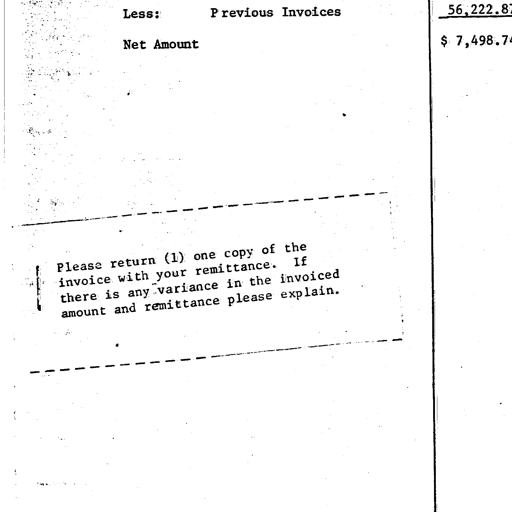
Less: Previous Invoices 56,222.87
Net Amount $ 7,498.74
Please return (1) one copy of the
invoice with your remittance. If
there is any variance in the invoiced
amount and remittance please explain.